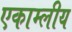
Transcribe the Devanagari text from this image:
एकाम्लीय